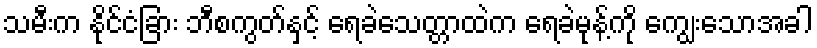
သမီးက နိုင်ငံခြား ဘီစကွတ်နှင့် ရေခဲသေတ္တာထဲက ရေခဲမုန့်ကို ကျွေးသောအခါ